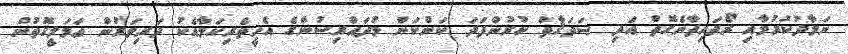
ނަމާދުކުރުމާއި ރޯދަހިފާނެގޮތް އަދި ޞަދަޤާތް ކުރުންފަދަ ކަންކަން މުދައްރިސުންގެ އެހީތެރިކަމާއެކު ދަރިވަރުން ޢަމަލީގޮތުން